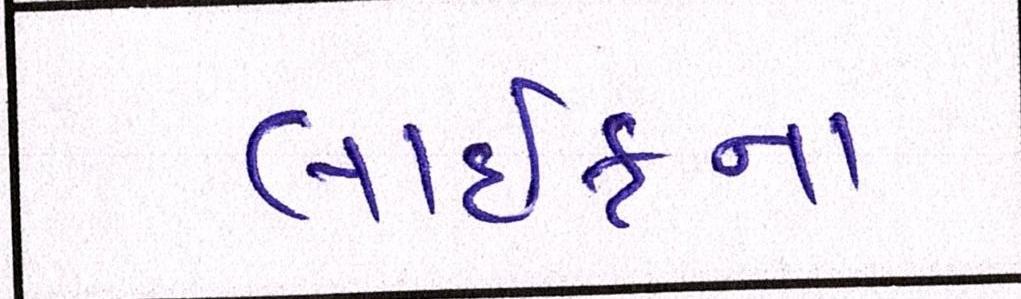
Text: લાઈફના